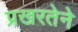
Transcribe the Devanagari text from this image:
प्रखरतेने